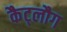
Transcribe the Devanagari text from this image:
कैट्लौग